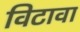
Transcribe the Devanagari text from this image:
विटावा